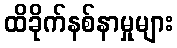
ထိခိုက်နစ်နာမှုများ